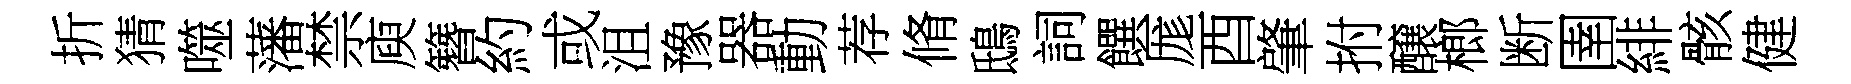
折猜噬藩禁庾簪約或沮豫器動荐脩鴟詞饌厖酉肇拊醸榔断圉緋骸健